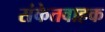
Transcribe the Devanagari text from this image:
संकेतवाहक